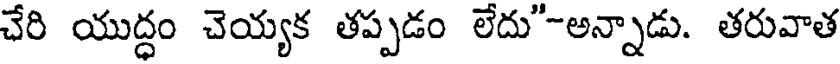
చేరి యుద్ధం చెయ్యక తప్పడం లేదు"-అన్నాడు. తరువాత